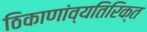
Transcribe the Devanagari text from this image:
ठिकाणांव्यतिरिक्त